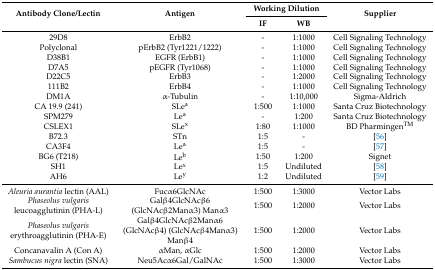
<table><thead><tr><td rowspan="2"><b>Antibody Clone/Lectin</b></td><td rowspan="2"><b>Antigen</b></td><td colspan="2"><b>Working Dilution</b></td><td rowspan="2"><b>Supplier</b></td></tr><tr><td><b>IF</b></td><td><b>WB</b></td></tr></thead><tbody><tr><td>29D8</td><td>ErbB2</td><td>-</td><td>1:1000</td><td>Cell Signaling Technology</td></tr><tr><td>Polyclonal</td><td>pErbB2 (Tyr1221/1222)</td><td>-</td><td>1:1000</td><td>Cell Signaling Technology</td></tr><tr><td>D38B1</td><td>EGFR (ErbB1)</td><td>-</td><td>1:1000</td><td>Cell Signaling Technology</td></tr><tr><td>D7A5</td><td>pEGFR (Tyr1068)</td><td>-</td><td>1:1000</td><td>Cell Signaling Technology</td></tr><tr><td>D22C5</td><td>ErbB3</td><td>-</td><td>1:2000</td><td>Cell Signaling Technology</td></tr><tr><td>111B2</td><td>ErbB4</td><td>-</td><td>1:1000</td><td>Cell Signaling Technology</td></tr><tr><td>DM1A</td><td>α-Tubulin</td><td>-</td><td>1:10,000</td><td>Sigma-Aldrich</td></tr><tr><td>CA 19.9 (241)</td><td>SLe<sup>a</sup></td><td>1:500</td><td>1:1000</td><td>Santa Cruz Biotechnology</td></tr><tr><td>SPM279</td><td>Le<sup>a</sup></td><td>-</td><td>1:200</td><td>Santa Cruz Biotechnology</td></tr><tr><td>CSLEX1</td><td>SLe<sup>x</sup></td><td>1:80</td><td>1:1000</td><td>BD Pharmingen<sup>TM</sup></td></tr><tr><td>B72.3</td><td>STn</td><td>1:5</td><td>-</td><td>[56]</td></tr><tr><td>CA3F4</td><td>Le<sup>a</sup></td><td>1:5</td><td>-</td><td>[57]</td></tr><tr><td>BG6 (T218)</td><td>Le<sup>b</sup></td><td>1:50</td><td>1:200</td><td>Signet</td></tr><tr><td>SH1</td><td>Le<sup>x</sup></td><td>1:5</td><td>Undiluted</td><td>[58]</td></tr><tr><td>AH6</td><td>Le<sup>y</sup></td><td>1:2</td><td>Undiluted</td><td>[59]</td></tr><tr><td><i>Aleuria aurantia</i> lectin (AAL)</td><td>Fucα6GlcNAc</td><td>1:500</td><td>1:3000</td><td>Vector Labs</td></tr><tr><td><i>Phaseolus vulgaris</i> leucoagglutinin (PHA-L)</td><td>Galβ4GlcNAcβ6 (GlcNAcβ2Manα3) Manα3</td><td>1:500</td><td>1:2000</td><td>Vector Labs</td></tr><tr><td><i>Phaseolus vulgaris</i> erythroagglutinin (PHA-E)</td><td>Galβ4GlcNAcβ2Manα6 (GlcNAcβ4) (GlcNAcβ4Manα3) Manβ4</td><td>1:500</td><td>1:2000</td><td>Vector Labs</td></tr><tr><td>Concanavalin A (Con A)</td><td>αMan, αGlc</td><td>1:500</td><td>1:2000</td><td>Vector Labs</td></tr><tr><td><i>Sambucus nigra</i> lectin (SNA)</td><td>Neu5Acα6Gal/GalNAc</td><td>1:500</td><td>1:3000</td><td>Vector Labs</td></tr></tbody></table>